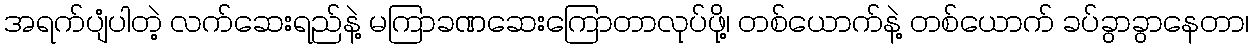
အရက်ပျံပါတဲ့ လက်ဆေးရည်နဲ့ မကြာခဏဆေးကြောတာလုပ်ဖို့၊ တစ်ယောက်နဲ့ တစ်ယောက် ခပ်ခွာခွာနေတာ၊